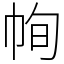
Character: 㡄